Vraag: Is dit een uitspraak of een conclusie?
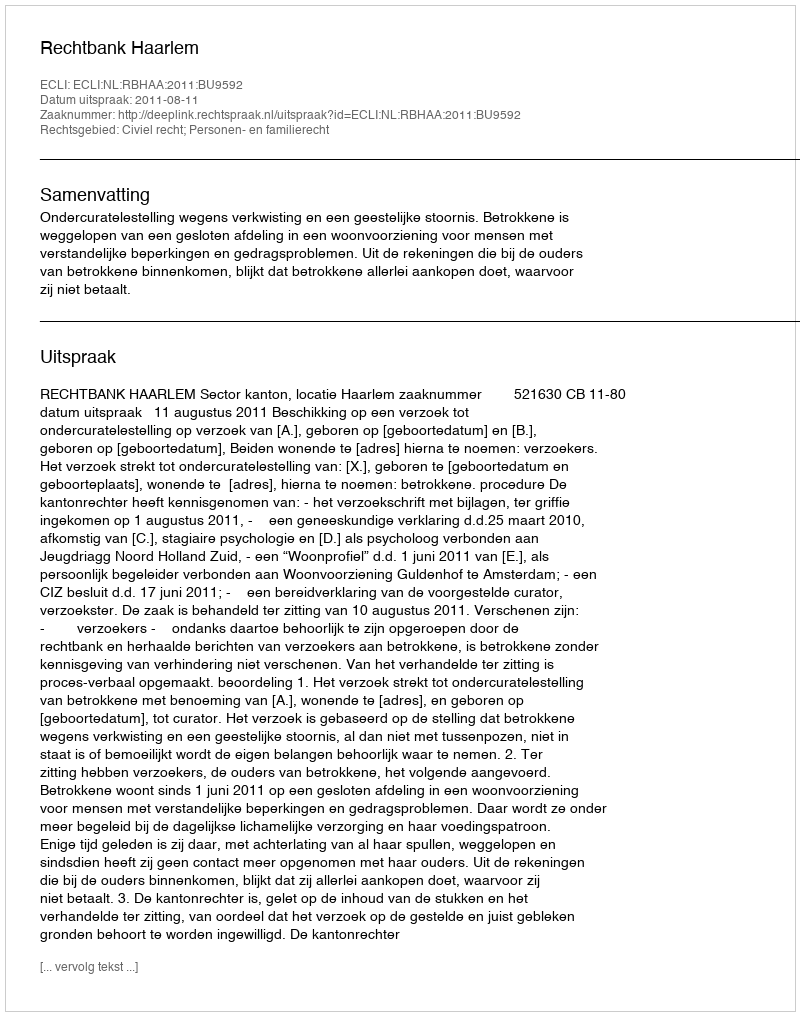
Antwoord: Uitspraak